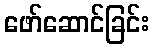
ဖော်ဆောင်ခြင်း